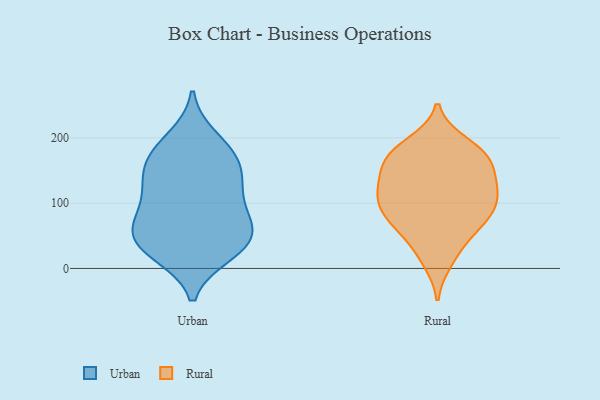
{"axis": {"x": "Customer Acquisition Cost (USD)", "y": "Value"}, "legend": ["Rural", "Urban"], "data": [{"x": "", "y": 38, "type": "Urban"}, {"x": "", "y": 32, "type": "Urban"}, {"x": "", "y": 179, "type": "Urban"}, {"x": "", "y": 113, "type": "Urban"}, {"x": "", "y": 73, "type": "Urban"}, {"x": "", "y": 70, "type": "Urban"}, {"x": "", "y": 199, "type": "Urban"}, {"x": "", "y": 65, "type": "Urban"}, {"x": "", "y": 57, "type": "Urban"}, {"x": "", "y": 111, "type": "Urban"}, {"x": "", "y": 23, "type": "Urban"}, {"x": "", "y": 136, "type": "Urban"}, {"x": "", "y": 158, "type": "Urban"}, {"x": "", "y": 143, "type": "Urban"}, {"x": "", "y": 30, "type": "Urban"}, {"x": "", "y": 175, "type": "Urban"}, {"x": "", "y": 99, "type": "Rural"}, {"x": "", "y": 164, "type": "Rural"}, {"x": "", "y": 12, "type": "Rural"}, {"x": "", "y": 83, "type": "Rural"}, {"x": "", "y": 147, "type": "Rural"}, {"x": "", "y": 68, "type": "Rural"}, {"x": "", "y": 176, "type": "Rural"}, {"x": "", "y": 182, "type": "Rural"}, {"x": "", "y": 70, "type": "Rural"}, {"x": "", "y": 27, "type": "Rural"}, {"x": "", "y": 115, "type": "Rural"}, {"x": "", "y": 127, "type": "Rural"}, {"x": "", "y": 172, "type": "Rural"}, {"x": "", "y": 60, "type": "Rural"}, {"x": "", "y": 106, "type": "Rural"}, {"x": "", "y": 88, "type": "Rural"}, {"x": "", "y": 128, "type": "Rural"}, {"x": "", "y": 121, "type": "Rural"}, {"x": "", "y": 165, "type": "Rural"}, {"x": "", "y": 191, "type": "Rural"}]}